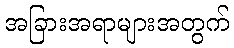
အခြားအရာများအတွက်